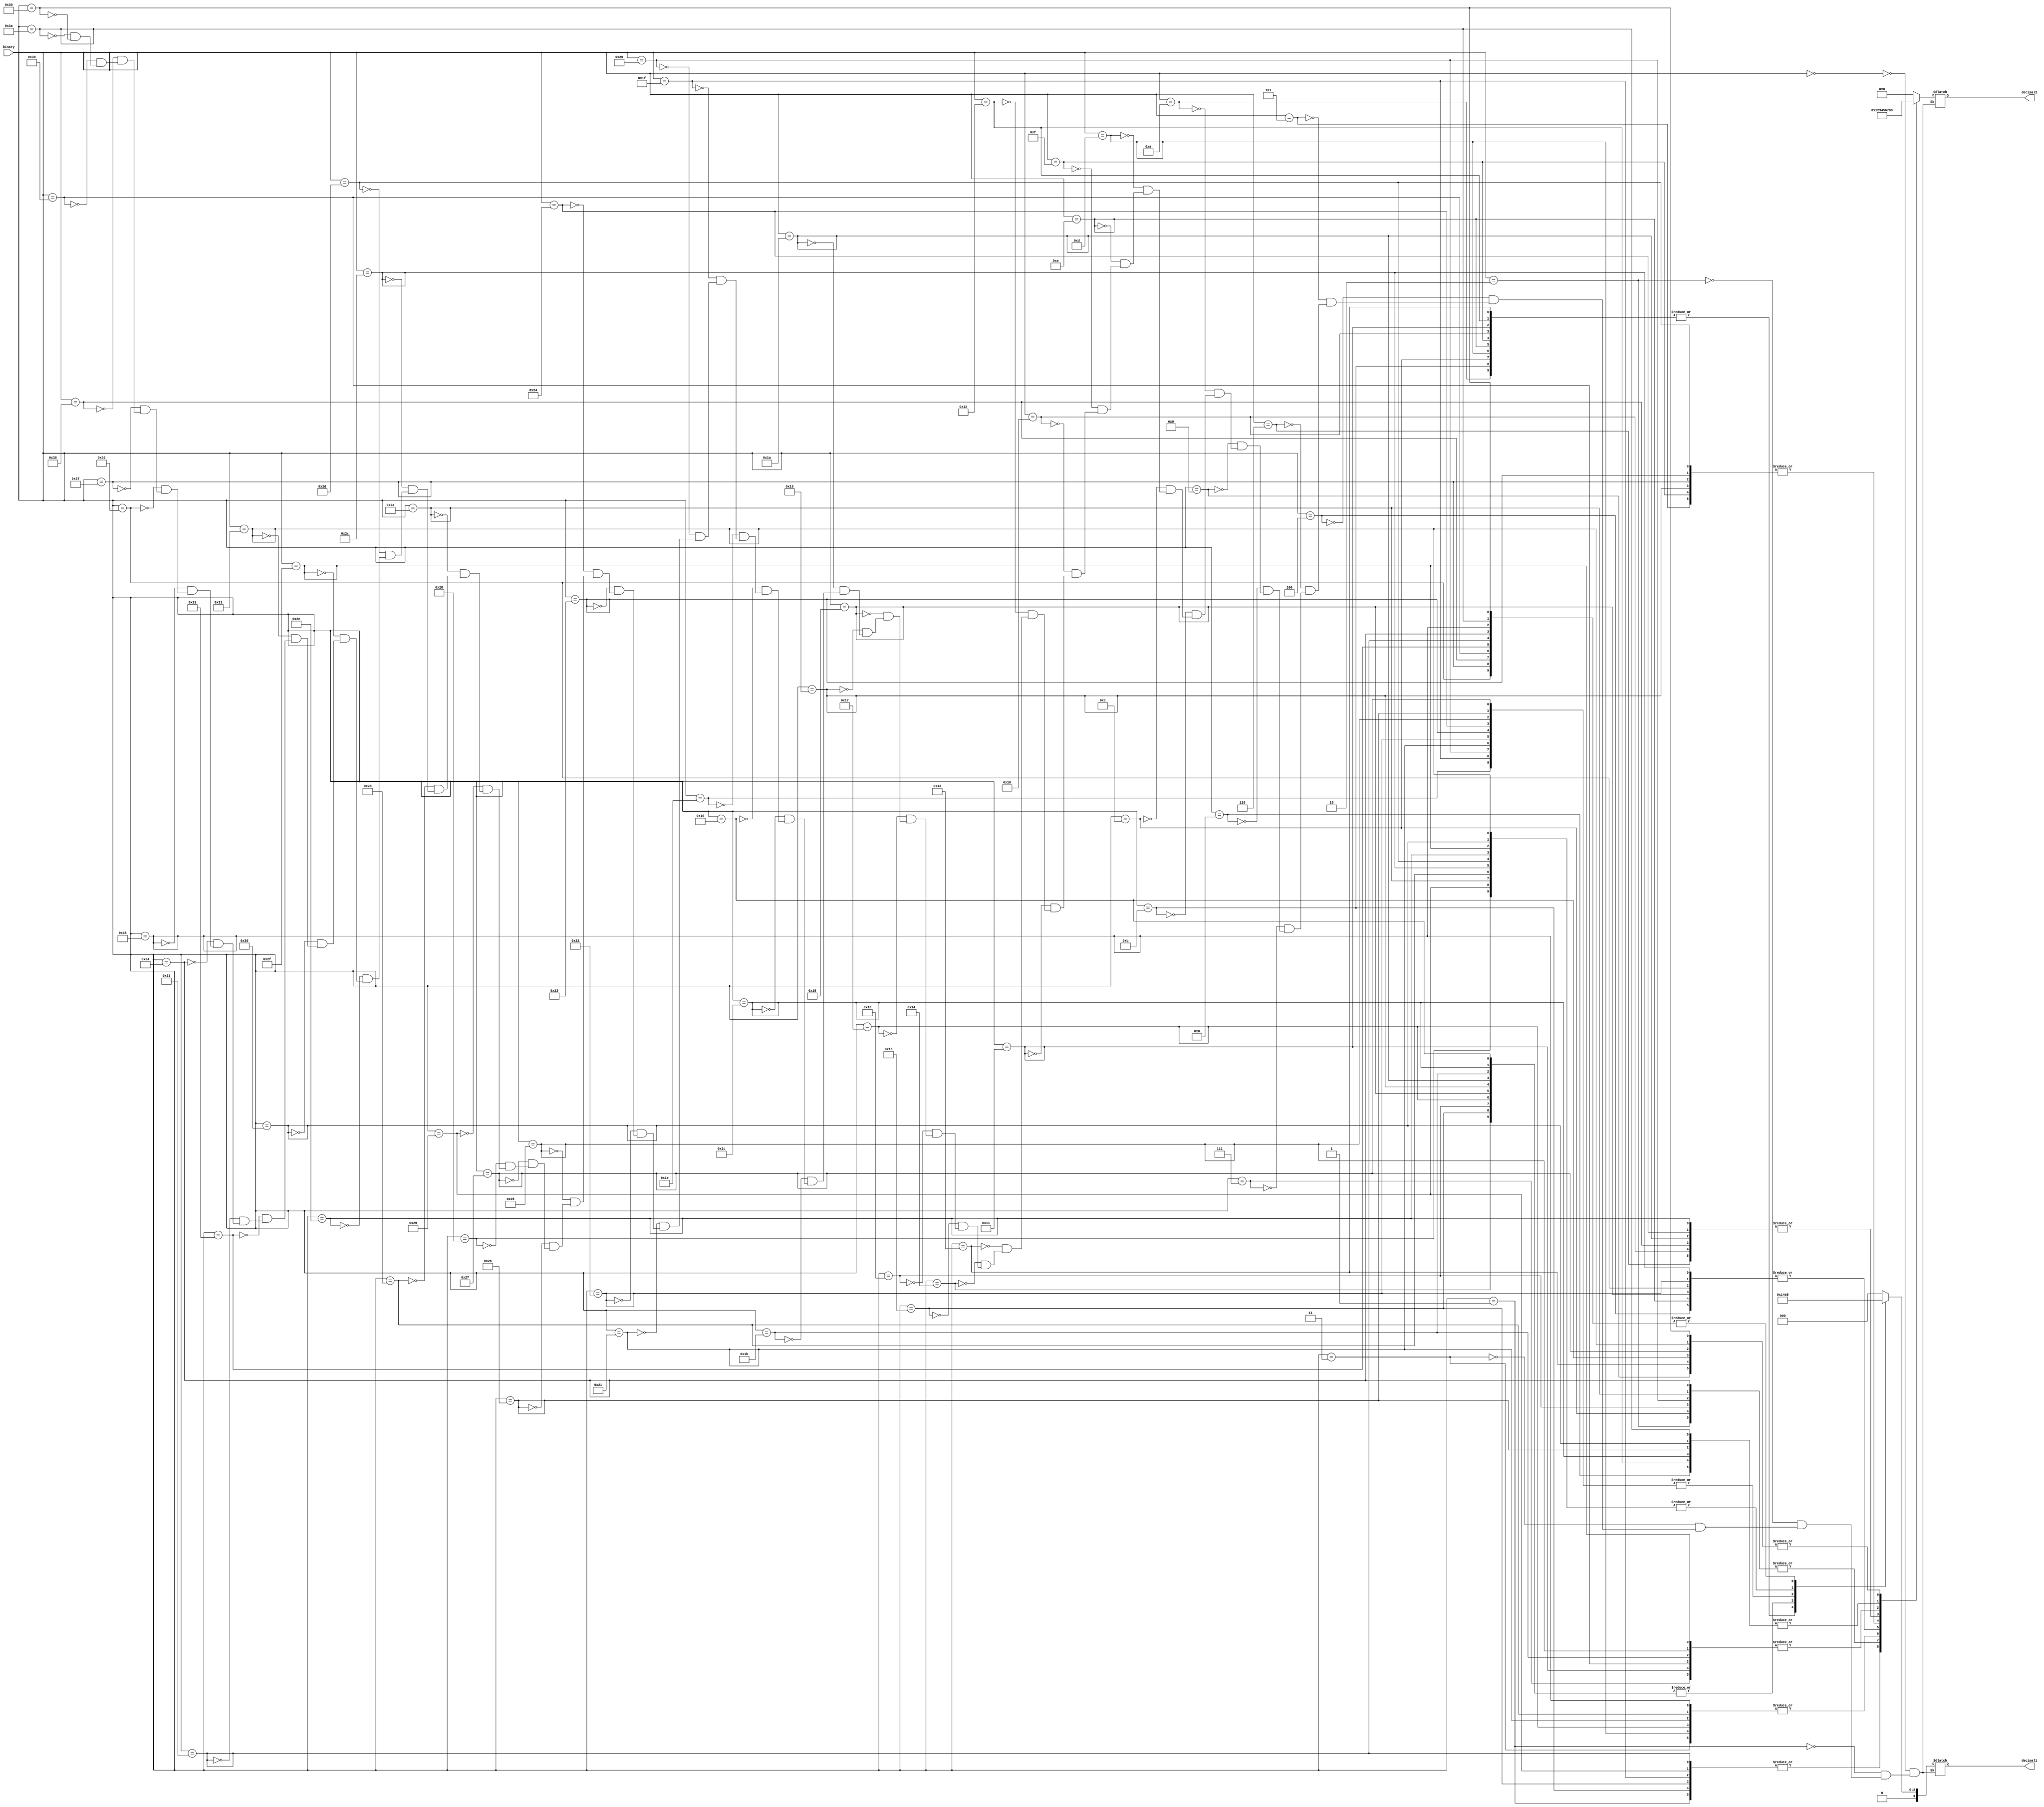
module bcd(
    input wire [5:0]binary,
    output reg [3:0]decimal1,decimal2
);
    

always @*
begin
case(binary)
6'b000000: begin
    decimal1 = 4'd0;
    decimal2 = 4'd0;
end
6'b000001: begin
    decimal1 = 4'd0;
    decimal2 = 4'd1;
end
6'b000010: begin
    decimal1 = 4'd0;
    decimal2 = 4'd2;
end
6'b000011: begin
    decimal1 = 4'd0;
    decimal2 = 4'd3;
end
6'b000100: begin
    decimal1 = 4'd0;
    decimal2 = 4'd4;
end
6'b000101: begin
    decimal1 = 4'd0;
    decimal2 = 4'd5;
end
6'b000110: begin
    decimal1 = 4'd0;
    decimal2 = 4'd6;
end
6'b000111: begin
    decimal1 = 4'd0;
    decimal2 = 4'd7;
end
6'b001000: begin
    decimal1 = 4'd0;
    decimal2 = 4'd8;
end
6'b001001: begin
    decimal1 = 4'd0;
    decimal2 = 4'd9;
end
6'b001010: begin
    decimal1 = 4'd1;
    decimal2 = 4'd0;
end
6'b001011: begin
    decimal1 = 4'd1;
    decimal2 = 4'd1;
end
6'b001100: begin
    decimal1 = 4'd1;
    decimal2 = 4'd2;
end
6'b001101: begin
    decimal1 = 4'd1;
    decimal2 = 4'd3;
end
6'b001110: begin
    decimal1 = 4'd1;
    decimal2 = 4'd4;
end
6'b001111: begin
    decimal1 = 4'd1;
    decimal2 = 4'd5;
end
6'b010000: begin
    decimal1 = 4'd1;
    decimal2 = 4'd6;
end
6'b010001: begin
    decimal1 = 4'd1;
    decimal2 = 4'd7;
end
6'b010010: begin
    decimal1 = 4'd1;
    decimal2 = 4'd8;
end
6'b010011: begin
    decimal1 = 4'd1;
    decimal2 = 4'd9;
end
6'b010100: begin
    decimal1 = 4'd2;
    decimal2 = 4'd0;
end
6'b010101: begin
    decimal1 = 4'd2;
    decimal2 = 4'd1;
end
6'b010110: begin
    decimal1 = 4'd2;
    decimal2 = 4'd2;
end
6'b010111: begin
    decimal1 = 4'd2;
    decimal2 = 4'd3;
end
6'b011000: begin
    decimal1 = 4'd2;
    decimal2 = 4'd4;
end
6'b011001: begin
    decimal1 = 4'd2;
    decimal2 = 4'd5;
end
6'b011010: begin
    decimal1 = 4'd2;
    decimal2 = 4'd6;
end
6'b011011: begin
    decimal1 = 4'd2;
    decimal2 = 4'd7;
end
6'b011100: begin
    decimal1 = 4'd2;
    decimal2 = 4'd8;
end
6'b011101: begin
    decimal1 = 4'd2;
    decimal2 = 4'd9;
end
6'b011110: begin
    decimal1 = 4'd3;
    decimal2 = 4'd0;
end
6'b011111: begin
    decimal1 = 4'd3;
    decimal2 = 4'd1;
end
6'b100000: begin
    decimal1 = 4'd3;
    decimal2 = 4'd2;
end
6'b100001: begin
    decimal1 = 4'd3;
    decimal2 = 4'd3;
end
6'b100010: begin
    decimal1 = 4'd3;
    decimal2 = 4'd4;
end
6'b100011: begin
    decimal1 = 4'd3;
    decimal2 = 4'd5;
end
6'b100100: begin
    decimal1 = 4'd3;
    decimal2 = 4'd6;
end
6'b100101: begin
    decimal1 = 4'd3;
    decimal2 = 4'd7;
end
6'b100110: begin
    decimal1 = 4'd3;
    decimal2 = 4'd8;
end
6'b100111: begin
    decimal1 = 4'd3;
    decimal2 = 4'd9;
end
6'b101000: begin
    decimal1 = 4'd4;
    decimal2 = 4'd0;
end
6'b101001: begin
    decimal1 = 4'd4;
    decimal2 = 4'd1;
end
6'b101010: begin
    decimal1 = 4'd4;
    decimal2 = 4'd2;
end
6'b101011: begin
    decimal1 = 4'd4;
    decimal2 = 4'd3;
end
6'b101100: begin
    decimal1 = 4'd4;
    decimal2 = 4'd4;
end
6'b101101: begin
    decimal1 = 4'd4;
    decimal2 = 4'd5;
end
6'b101110: begin
    decimal1 = 4'd4;
    decimal2 = 4'd6;
end
6'b101111: begin
    decimal1 = 4'd4;
    decimal2 = 4'd7;
end
6'b110000: begin
    decimal1 = 4'd4;
    decimal2 = 4'd8;
end
6'b110001: begin
    decimal1 = 4'd4;
    decimal2 = 4'd9;
end
6'b110010: begin
    decimal1 = 4'd5;
    decimal2 = 4'd0;
end
6'b110011: begin
    decimal1 = 4'd5;
    decimal2 = 4'd1;
end
6'b110100: begin
    decimal1 = 4'd5;
    decimal2 = 4'd2;
end
6'b110101: begin
    decimal1 = 4'd5;
    decimal2 = 4'd3;
end
6'b110110: begin
    decimal1 = 4'd5;
    decimal2 = 4'd4;
end
6'b110111: begin
    decimal1 = 4'd5;
    decimal2 = 4'd5;
end
6'b111000: begin
    decimal1 = 4'd5;
    decimal2 = 4'd6;
end
6'b111001: begin
    decimal1 = 4'd5;
    decimal2 = 4'd7;
end
6'b111010: begin
    decimal1 = 4'd5;
    decimal2 = 4'd8;
end
6'b111011: begin
    decimal1 = 4'd5;
    decimal2 = 4'd9;
end
endcase
end

endmodule